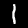
Digit: 1